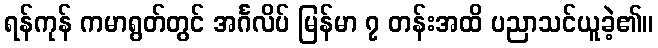
ရန်ကုန် ကမာရွတ်တွင် အင်္ဂလိပ် မြန်မာ ၇ တန်းအထိ ပညာသင်ယူခဲ့၏။